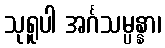
သုရူပါ အင်္ဂသမ္ပန္နာ၊